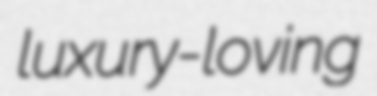
luxury-loving